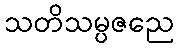
သတိသမ္ပဇညေ